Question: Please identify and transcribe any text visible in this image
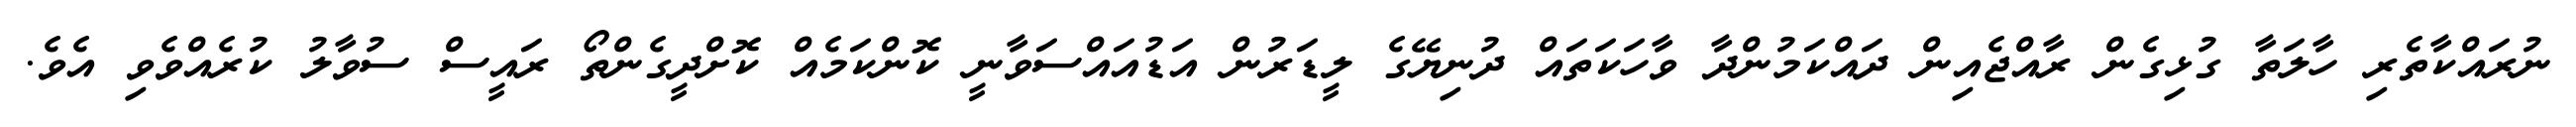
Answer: ނުރައްކާތެރި ހާލަތާ ގުޅިގެން ރާއްޖެއިން ދައްކަމުންދާ ވާހަކަތައް ދުނިޔޭގެ ލީޑަރުން އަޑުއައްސަވާނީ ކޮންކަމެއް ކޮށްދީގެންތޯ ރައީސް ސުވާލު ކުރެއްވެވި އެވެ.